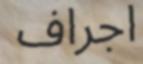
اجراف